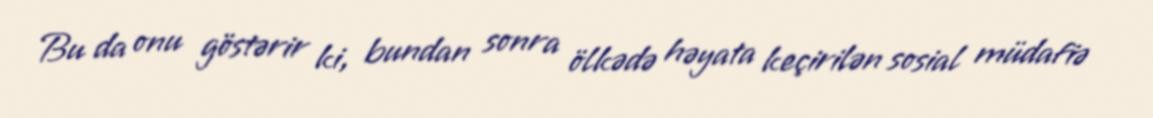
Bu da onu göstərir ki, bundan sonra ölkədə həyata keçirilən sosial müdafiə